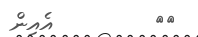
٣٩         އެއިން